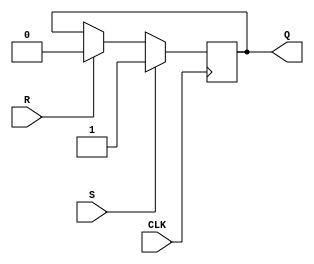
module sr_flipflop (
    input S, // Set input
    input R, // Reset input
    input CLK, // Clock input
    output reg Q // Output
);

always @(negedge CLK) begin
    if (S) // Set operation
        Q <= 1'b1;
    else if (R) // Reset operation
        Q <= 1'b0;
end

endmodule